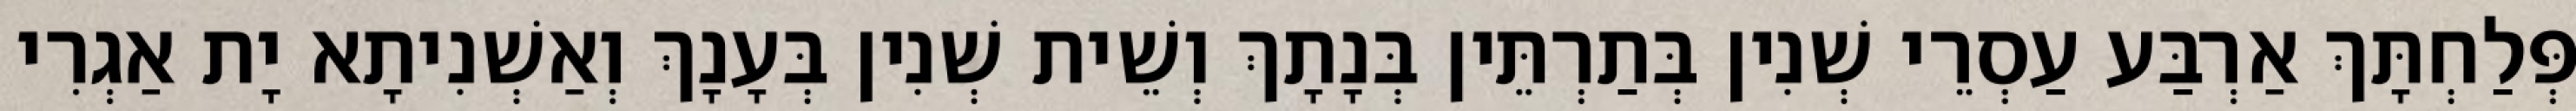
פְּלַחְתָּךְ אַרְבַּע עַסְרֵי שְׁנִין בְּתַרְתֵּין בְּנָתָךְ וְשֵׁית שְׁנִין בְּעָנָךְ וְאַשְׁנִיתָא יָת אַגְרִי